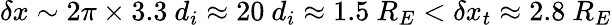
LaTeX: \delta x\sim 2\pi\times 3.3~d_{i}\approx 20~d_{i}\approx 1.5~R_{E}<\delta x_{t}\approx 2.8~R_{E}